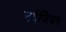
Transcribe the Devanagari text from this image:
नर्वेजियन